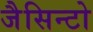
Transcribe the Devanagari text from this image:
जैसिन्टो